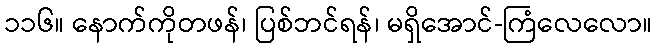
၁၁၆။ နောက်ကိုတဖန်၊ ပြစ်ဘင်ရန်၊ မရှိအောင်-ကြံလေလော။